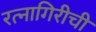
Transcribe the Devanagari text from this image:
रत्‍नागिरीची